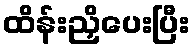
ထိန်းညှိပေးပြီး